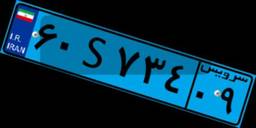
۶۰S۱۴۶۸۵